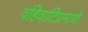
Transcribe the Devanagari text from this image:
वहिवाटिप्रमाणे